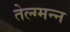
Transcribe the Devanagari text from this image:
तेल्ग्मन्न